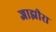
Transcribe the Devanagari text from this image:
जाझीरा